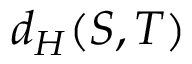
d _ { H } ( S , T )